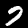
Label: 7